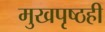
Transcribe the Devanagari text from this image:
मुखपृष्ठही